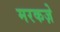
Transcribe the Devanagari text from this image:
मरकज़े